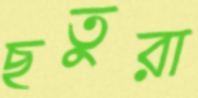
ছতুরা